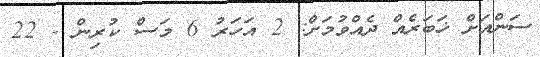
ސަންއަށް ޚަބަރެއް ދެއްވުމަށް: 2 އަހަރު 6 މަސް ކުރިން - 22